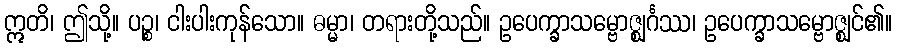
ဣတိ၊ ဤသို့။ ပဉ္စ၊ ငါးပါးကုန်သော။ ဓမ္မာ၊ တရားတို့သည်။ ဥပေက္ခာသမ္ဗောဇ္ဈင်္ဂဿ၊ ဥပေက္ခာသမ္ဗောဇ္ဈင်၏။